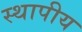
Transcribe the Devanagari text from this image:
स्थापीय